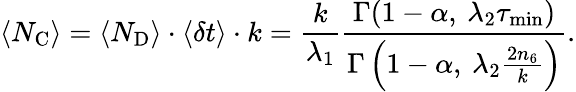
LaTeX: \langle N_{\mathrm{C}}\rangle=\langle N_{\mathrm{D}}\rangle\cdot\langle\delta t\rangle\cdot k=\frac{k}{\lambda_{1}}\frac{\Gamma(1-\alpha,\: \lambda_{2}\tau_{\mathrm{min}})}{\Gamma\left(1-\alpha,\: \lambda_{2}\frac{2n_{6}}{k}\right)}.